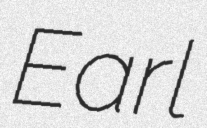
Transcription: Earl